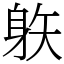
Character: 䠶